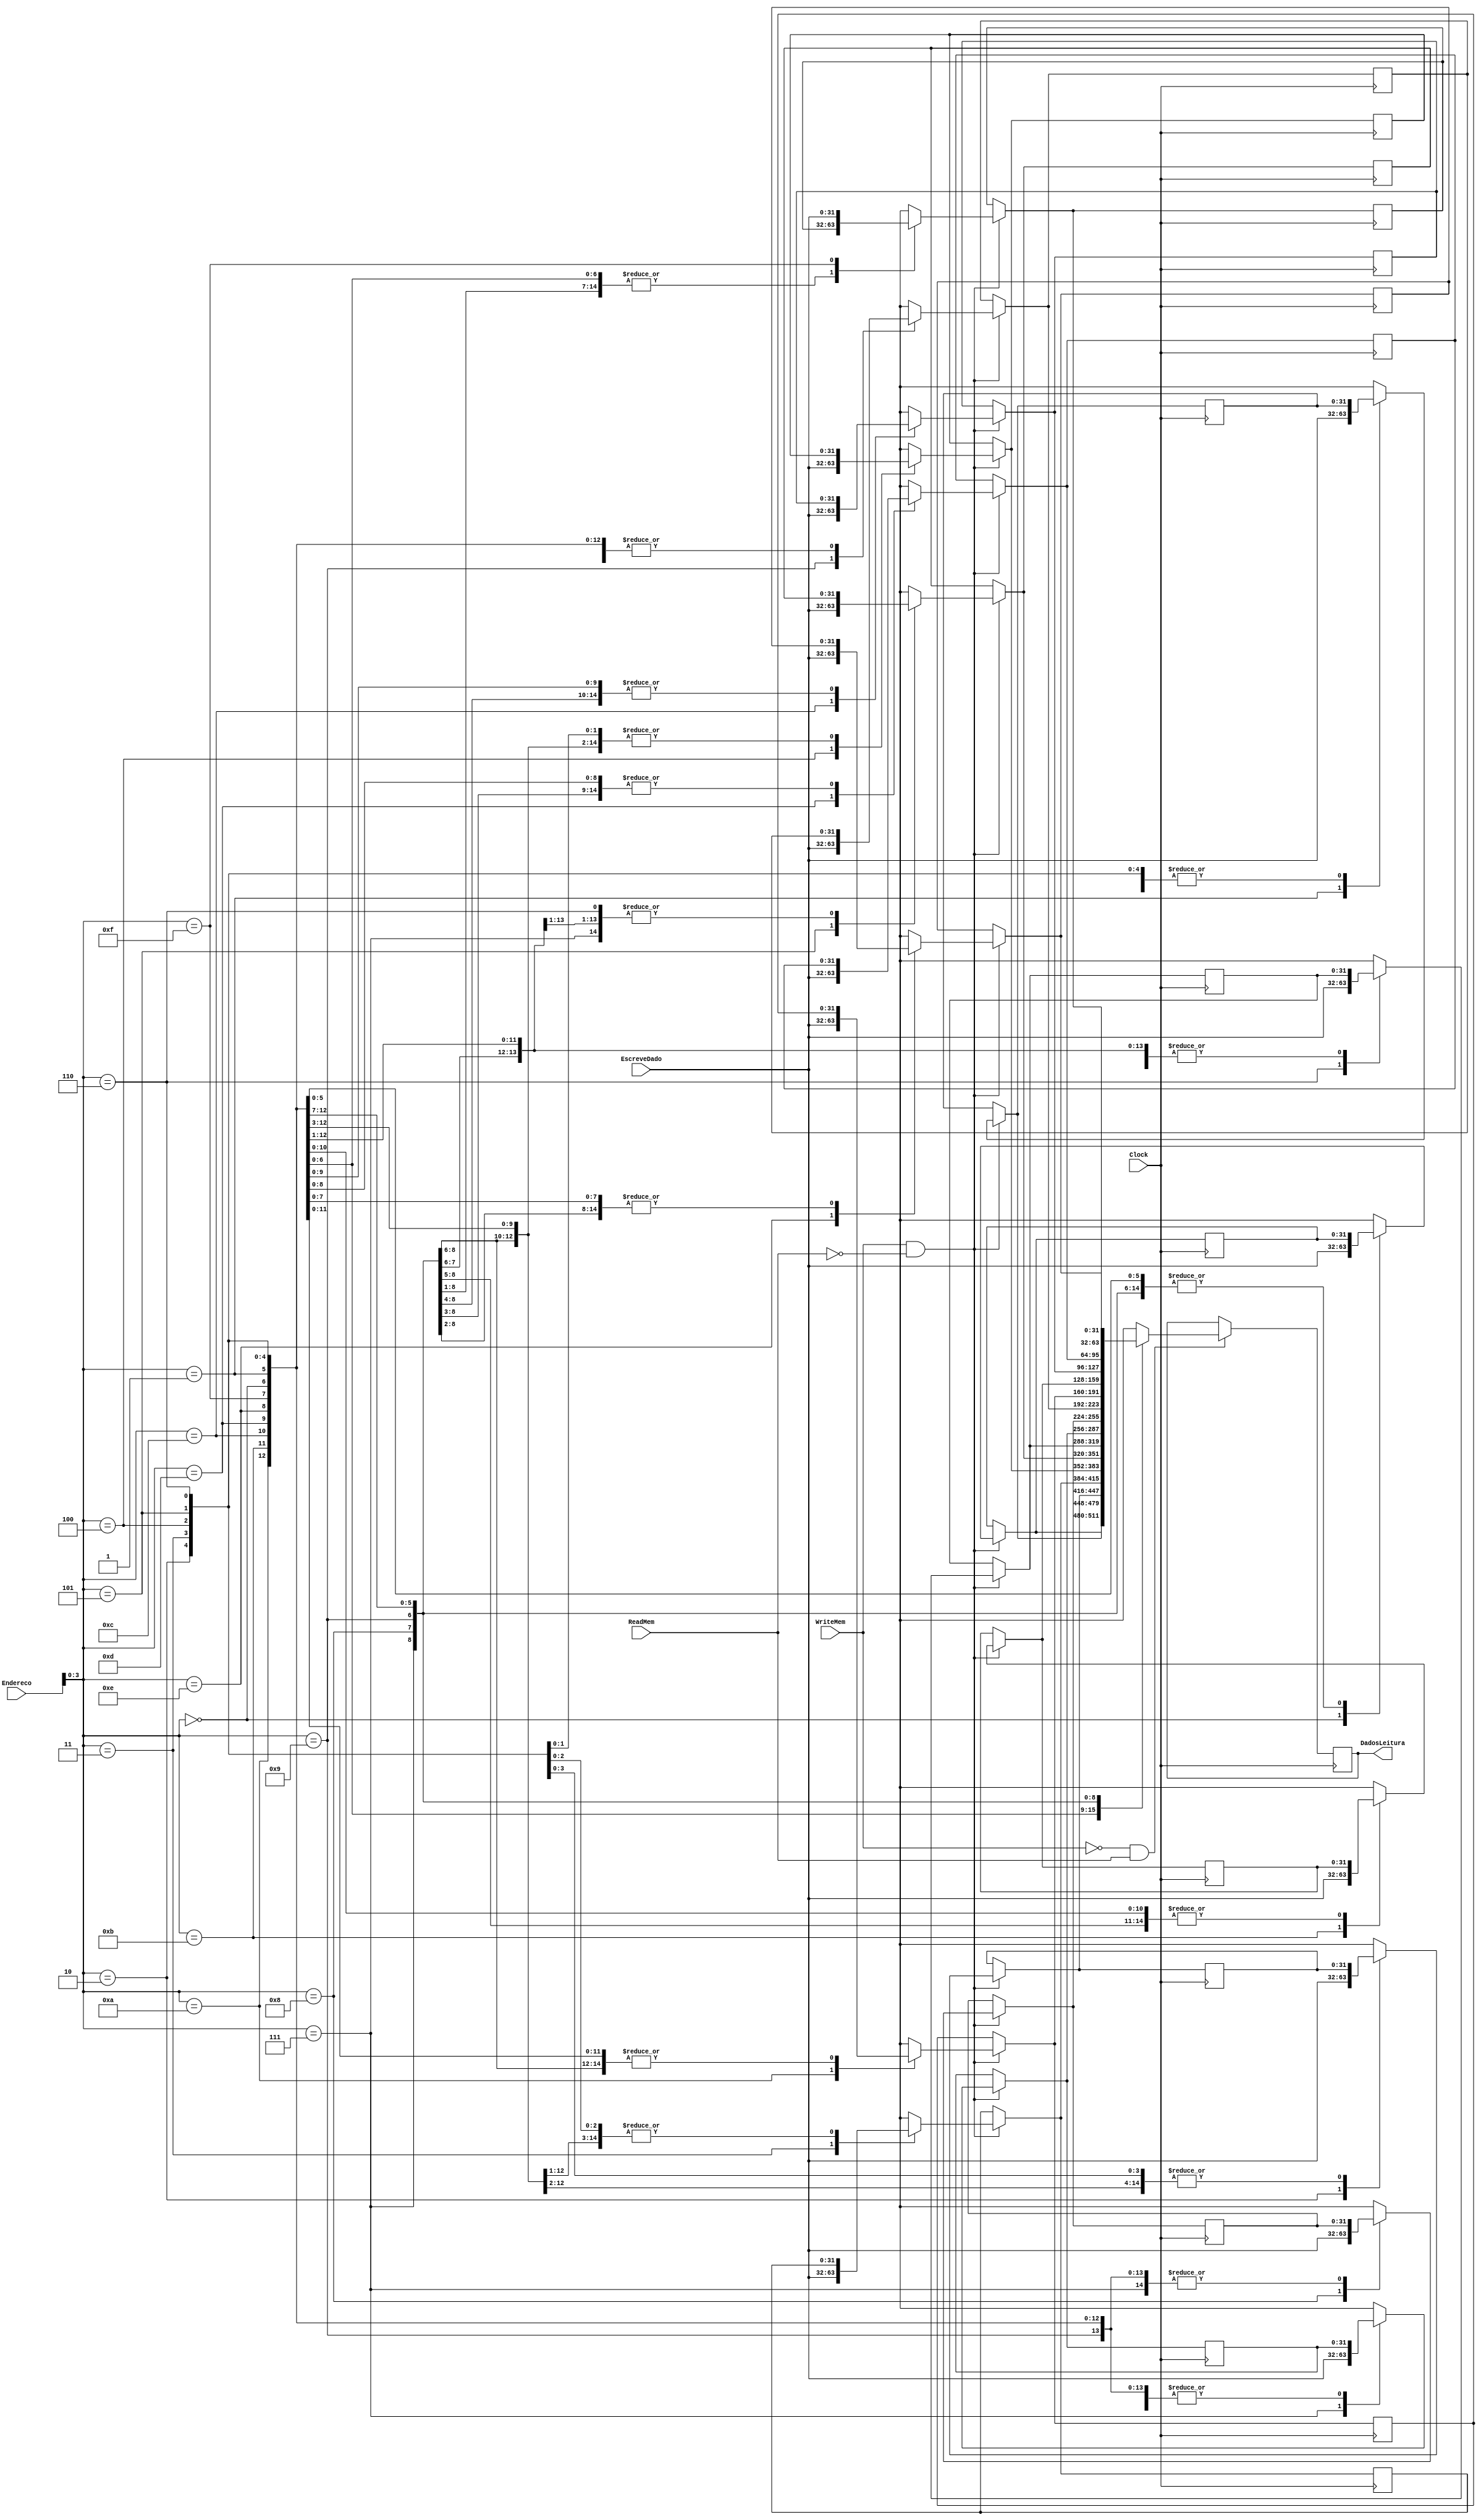
module MemoriaDados (Clock,Endereco, EscreveDado, WriteMem, ReadMem, DadosLeitura);

  reg [31:0] Memoria [15:0]; //Memria de 16 endereos de 32 bits cada um

  input wire[31:0] Endereco, EscreveDado;
  input wire Clock, WriteMem, ReadMem;

  output reg [31:0] DadosLeitura;

  initial begin //Inicializao
  	Memoria[00] = 32'b0;
    Memoria[01] = 32'b0;
    Memoria[02] = 32'b0;
    Memoria[03] = 32'b0;
    Memoria[04] = 32'b0;
    Memoria[05] = 32'b0;
    Memoria[06] = 32'b0;
    Memoria[07] = 32'b0;
    Memoria[08] = 32'b0;
    Memoria[09] = 32'b0;
    Memoria[10] = 32'b0;
    Memoria[11] = 32'b0;
    Memoria[12] = 32'b0;
    Memoria[13] = 32'b0;
    Memoria[14] = 32'b0;
    Memoria[15] = 32'b0;
  end

	always @(posedge Clock) begin
		if(WriteMem == 1 && ReadMem == 0) begin
			Memoria[Endereco] = EscreveDado;
		end
		if(WriteMem == 0 && ReadMem == 1) begin
			DadosLeitura = Memoria[Endereco];
		end
	end
endmodule